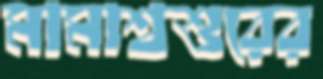
মামাশ্বশুরের